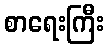
စာရေးကြီး